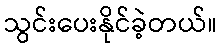
သွင်းပေးနိုင်ခဲ့တယ်။